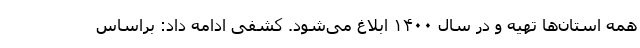
همه استان‌ها تهیه و در سال ۱۴۰۰ ابلاغ می‌شود. کشفی ادامه داد: براساس